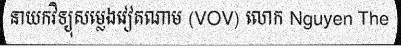
នាយកវិទ្យុសម្លេងវៀតណាម (VOV) លោក Nguyen The